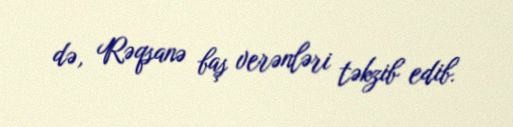
də, Rəqsanə baş verənləri təkzib edib.